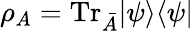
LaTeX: \rho_{A}=\mathrm{Tr}_{\bar{A}}|\psi\rangle\langle\psi|